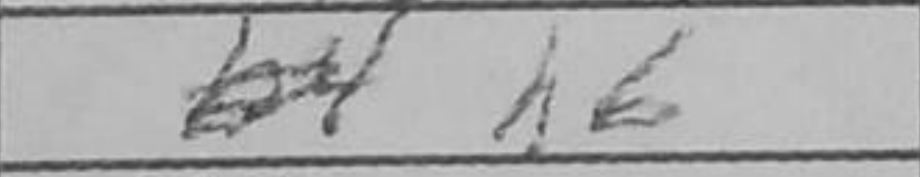
Transcription: h6